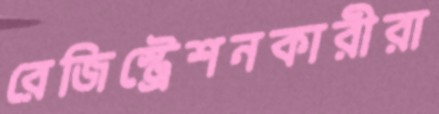
রেজিস্ট্রেশনকারীরা